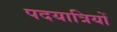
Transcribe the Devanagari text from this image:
पदयात्रियों